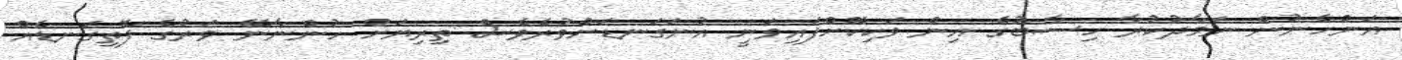
އަންހެނުން ނަމާދުކުރާ ހިސާބުގެ އިން ވަކިކޮށްފައިވަނީ އުނަގަނޑަށްވުރެވެސް ތިރިޔަށް ހުންނާނޭ ވަރުގެ ފޮތިގަނޑެއް